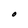
Character: O